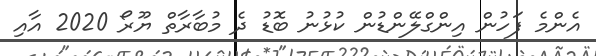
އެންމެ ފަހުން އިންގްލޭންޑުން ކުޅުނު ބޮޑު ދެ މުބާރާތް ޔޫރޯ 2020 އާއި